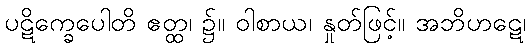
ပဋိက္ခေပေါတိ ဧတ္ထ၊ ၌။ ဝါစာယ၊ နှုတ်ဖြင့်။ အဘိဟဋေ၊